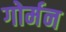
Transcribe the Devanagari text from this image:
गोर्मन